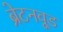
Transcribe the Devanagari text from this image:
ब्रेटनवूड